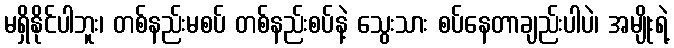
မရှိနိုင်ပါဘူး၊ တစ်နည်းမစပ် တစ်နည်းစပ်နဲ့ သွေးသား စပ်နေတာချည်းပါပဲ၊ အမျိုးရဲ့